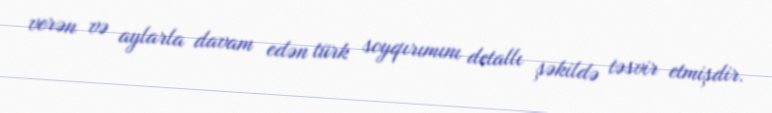
verən və aylarla davam edən türk soyqırımını detallı şəkildə təsvir etmişdir.